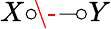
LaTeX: X{\circ\! {\- -}\! \circ}Y